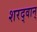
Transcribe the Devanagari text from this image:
शरद्वान्‌